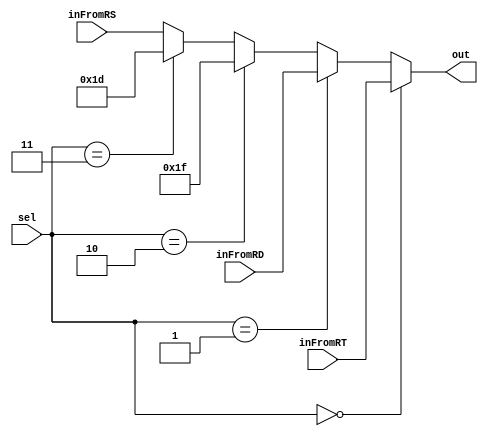
module mux_wrReg (
  input wire [2:0] sel,
  input wire [4:0] inFromRT,
  input wire [4:0] inFromRD,
  // input const 31,
  // input const 29,
  input wire [4:0] inFromRS,
  output wire [4:0] out
);

  assign out =  (sel == 0) ? inFromRT :
                (sel == 1) ? inFromRD:
                (sel == 2) ? 31:
                (sel == 3) ? 29:
                inFromRS;

endmodule